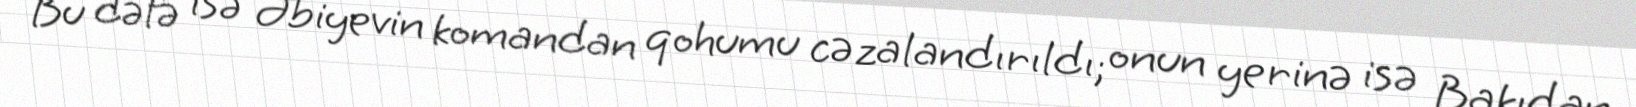
Bu dəfə isə Əbiyevin komandan qohumu cəzalandırıldı; onun yerinə isə Bakıdan